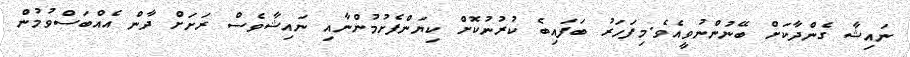
ނައިޝާ ގެންދާކަށް ބޭނުންނުވީއެވެ.މިފަހަރު ބަފައިބެ ކުރުނުކޮށް ކިޔަންފެށުމުންނާއި ނައިޝާވެސް ރަށަށް ދާން އެއްބަސްވުމުން